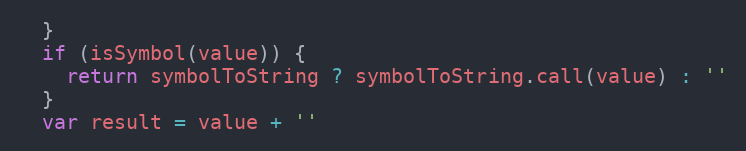
Language: JavaScript
  }
  if (isSymbol(value)) {
    return symbolToString ? symbolToString.call(value) : ''
  }
  var result = value + ''